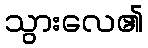
သွားလေ၏